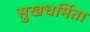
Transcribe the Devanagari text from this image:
सुखधर्मिता